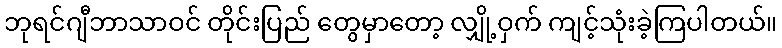
ဘုရင်ဂျီဘာသာဝင် တိုင်းပြည် တွေမှာတော့ လျှို့ဝှက် ကျင့်သုံးခဲ့ကြပါတယ်။